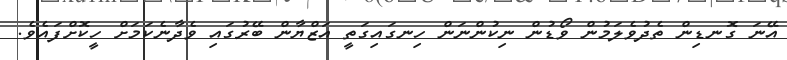
އޭނަ ގޮނޑިން ތެދުވެލަމުން ވޯޑުން ނިކުންނަން ހިނގައިގަތީ އަޒްޔާން ބޭރުގައި ވެދާނެކަމަށް ހީކޮށްފައެވެ.